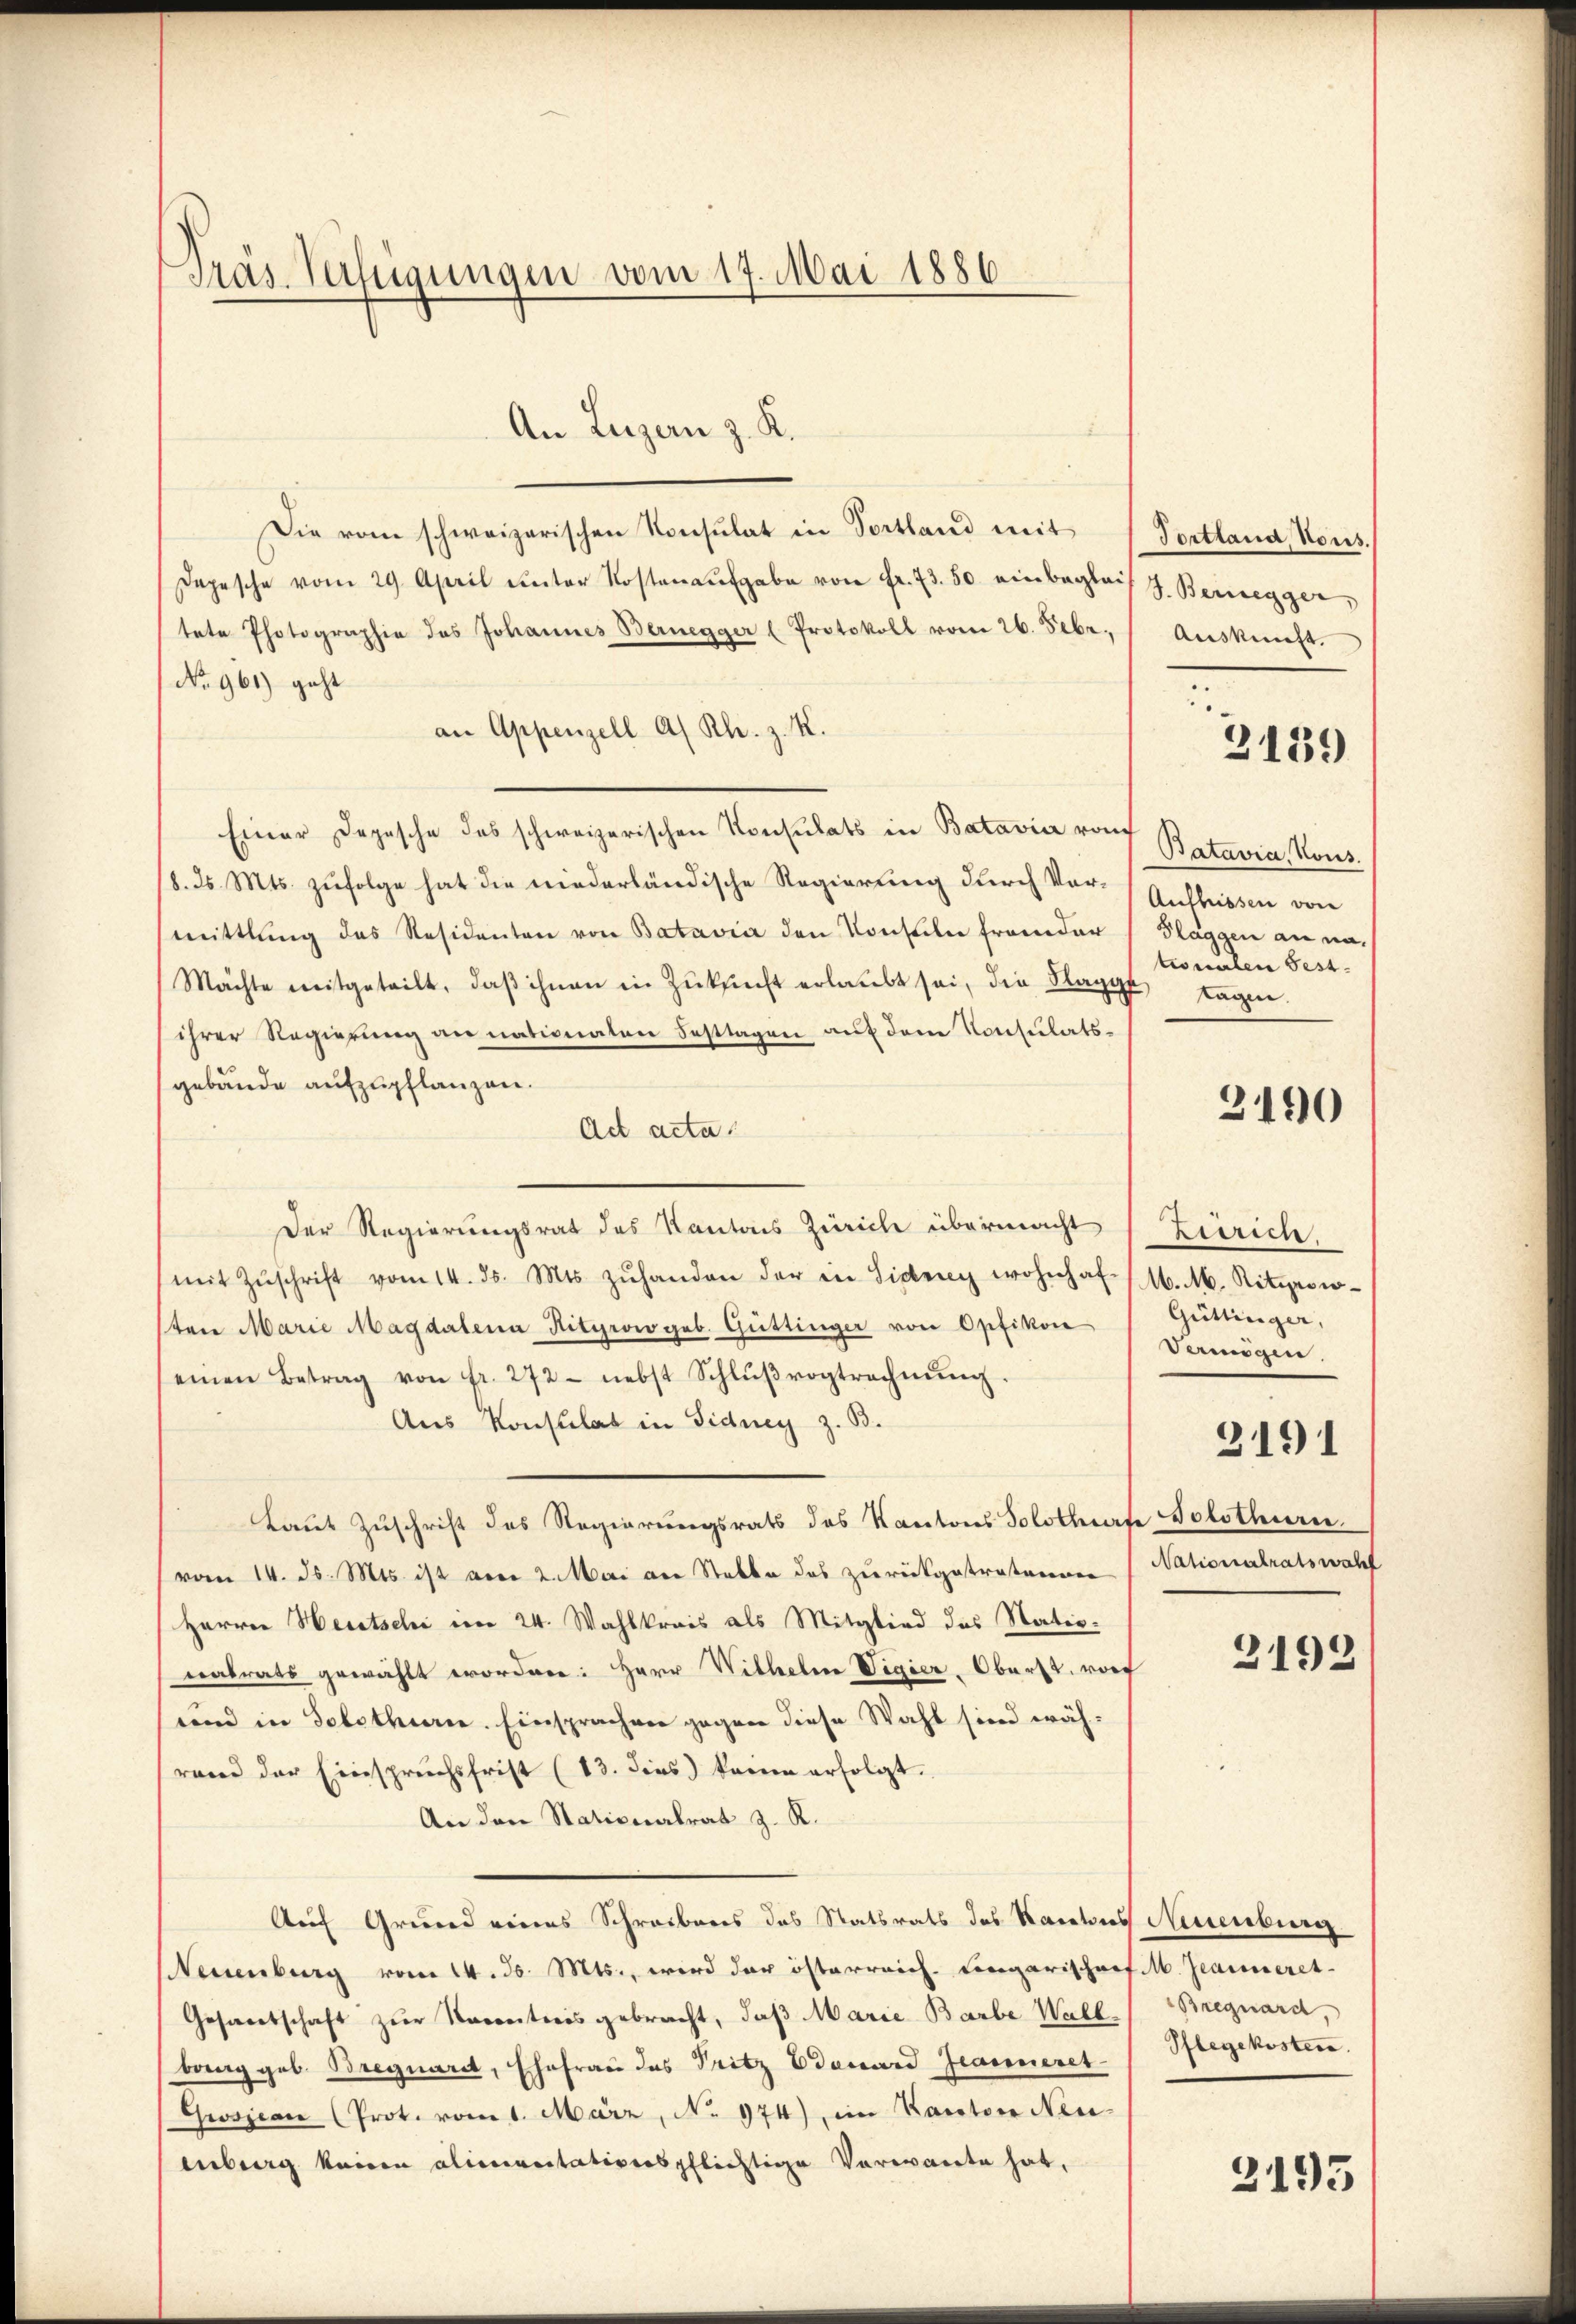
Präs. Verfügungen vom 17. Mai 1886

An Luzern z. K.
Die vom schweizerischen Konsulat in Fortland mit
Depesche vom 29. April unter Kosten aufgabe von Fr. 73. 50 einbeglei
tete Photographie das Johannes Bernegger (Protokoll vom 26. Febr.
No 961) geht
an Appenzell A. Rh. z. K.
Einer Depesche des schweizerischen Konsulats in Batavia von
8. d. Mts. zufolge hat die niederländische Regierung durch Vormittlung des Residenten von Batavia den Konsilie fremder
Mächte mitgeteilt, daβ ihnen in Zukunft erlaubt sei, die Flagge Tagen.
ihrer Regierung an nationaten Festtagen auf dem Konsulatsgebäude aufzupflanzen.
Act acta
Der Regierungsrat des Kantons Zürich übermacht (Zürich,
(mit Zŭschrift vom 14. ds. Mts. zŭhanden der in Sidrig wohnhof / M. M. Ritzeswo-
ten Marie Magdalena Hityrow geb. Güttinger von Opfikon
einen Betrag von fr. 272- nebst Schlŭβvogtrechnŭng.
Aus Konsulat in Fidney z. B.
Laut Zuschrift des Regierungsrats des Kantons Solothearte Solothurn
vom 14. ds. Mts. ist aber 2. Mai an Stelle des zurückgetreternen (Nationalratswahl
Herren Heretschi im 24. Wahlkreis als Mitglied des Natioeatrats gewählt worden: Herr Wilhelm Vigier-Oberst vor
und in Solothurn. Einsprachen gegen diese Wahl sind währand der Einspruchsfrist (13. dies kann erfolgt.
An den Stationalrat z. R.
Auf Grund eines Schreibens das Statsrats des Kautis Neuenburg
Neuenburg vom 14. d. Mts., wird der österreich. Lorgarischef M. Jeanneret-
Gesandtschaft zur Nacentions gebracht, daß Marie Barbe Wall Bregnard,
bang geb. Breguard, Ehefrau das Pritz Edouard Granieret
Gwsjean (Prot. vom 1. März, No 974), im Kanton Neu-
enberg keine alimereitativerspflichtige Verwarte hat,

Tortland, Vous.
S. Bernegger,
Auskunft.

3139

Batavia, Kons
Auflissen von
Flaggen an nationalen Fest.

3190

Güttinger,
Dennögen
3191

2192

Pflegekosten.

2195